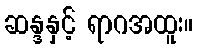
ဆန္ဒနှင့် ရာဂအထူး။